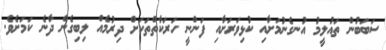
ސަބަބުން ތައުލީމު އުނގެނުމަށާއި ކުޅިވަރަށާއި ފަންނީ ހަރަކާތްތަކަށް ދިރުމެއް ލިބިގެން ދާނެ ކަމަށެވެ.